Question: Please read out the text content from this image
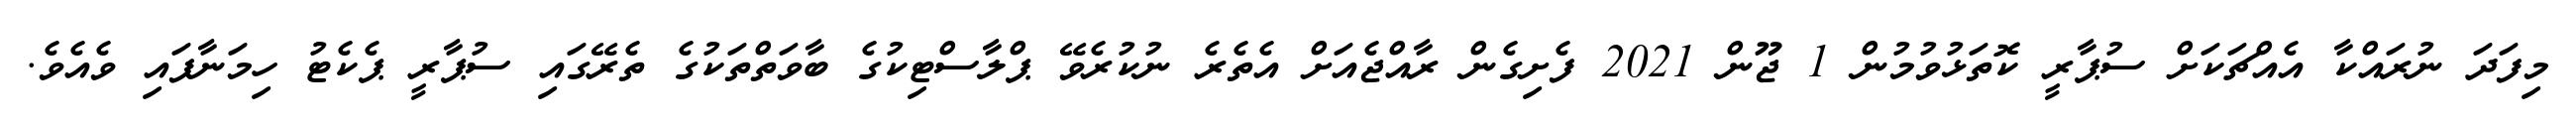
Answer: މިފަދަ ނުރައްކާ އެއްޗަކަށް ސުޕާރީ ކޮތަޅުވުމުން 1 ޖޫން 2021 ފެށިގެން ރާއްޖެއަށް އެތެރެ ނުކުރެވޭ ޕްލާސްޓިކުގެ ބާވަތްތަކުގެ ތެރޭގައި ސުޕާރީ ޕެކެޓު ހިމަނާފައި ވެއެވެ.